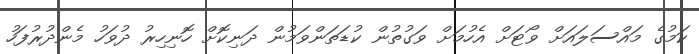
ކަމުގެ މައްސަލައަށް ވޯޓަށް އެހުމަށް ވަގުތުން ކުޑަތަންވަމުން ދަނިކޮށް ހޮނިހިރު ދުވަހު މެންދުރުފަހު